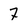
Character: 7